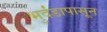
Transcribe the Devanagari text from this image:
भुर्दंडापासून